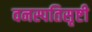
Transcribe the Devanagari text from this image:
वनस्पतिसृष्टी